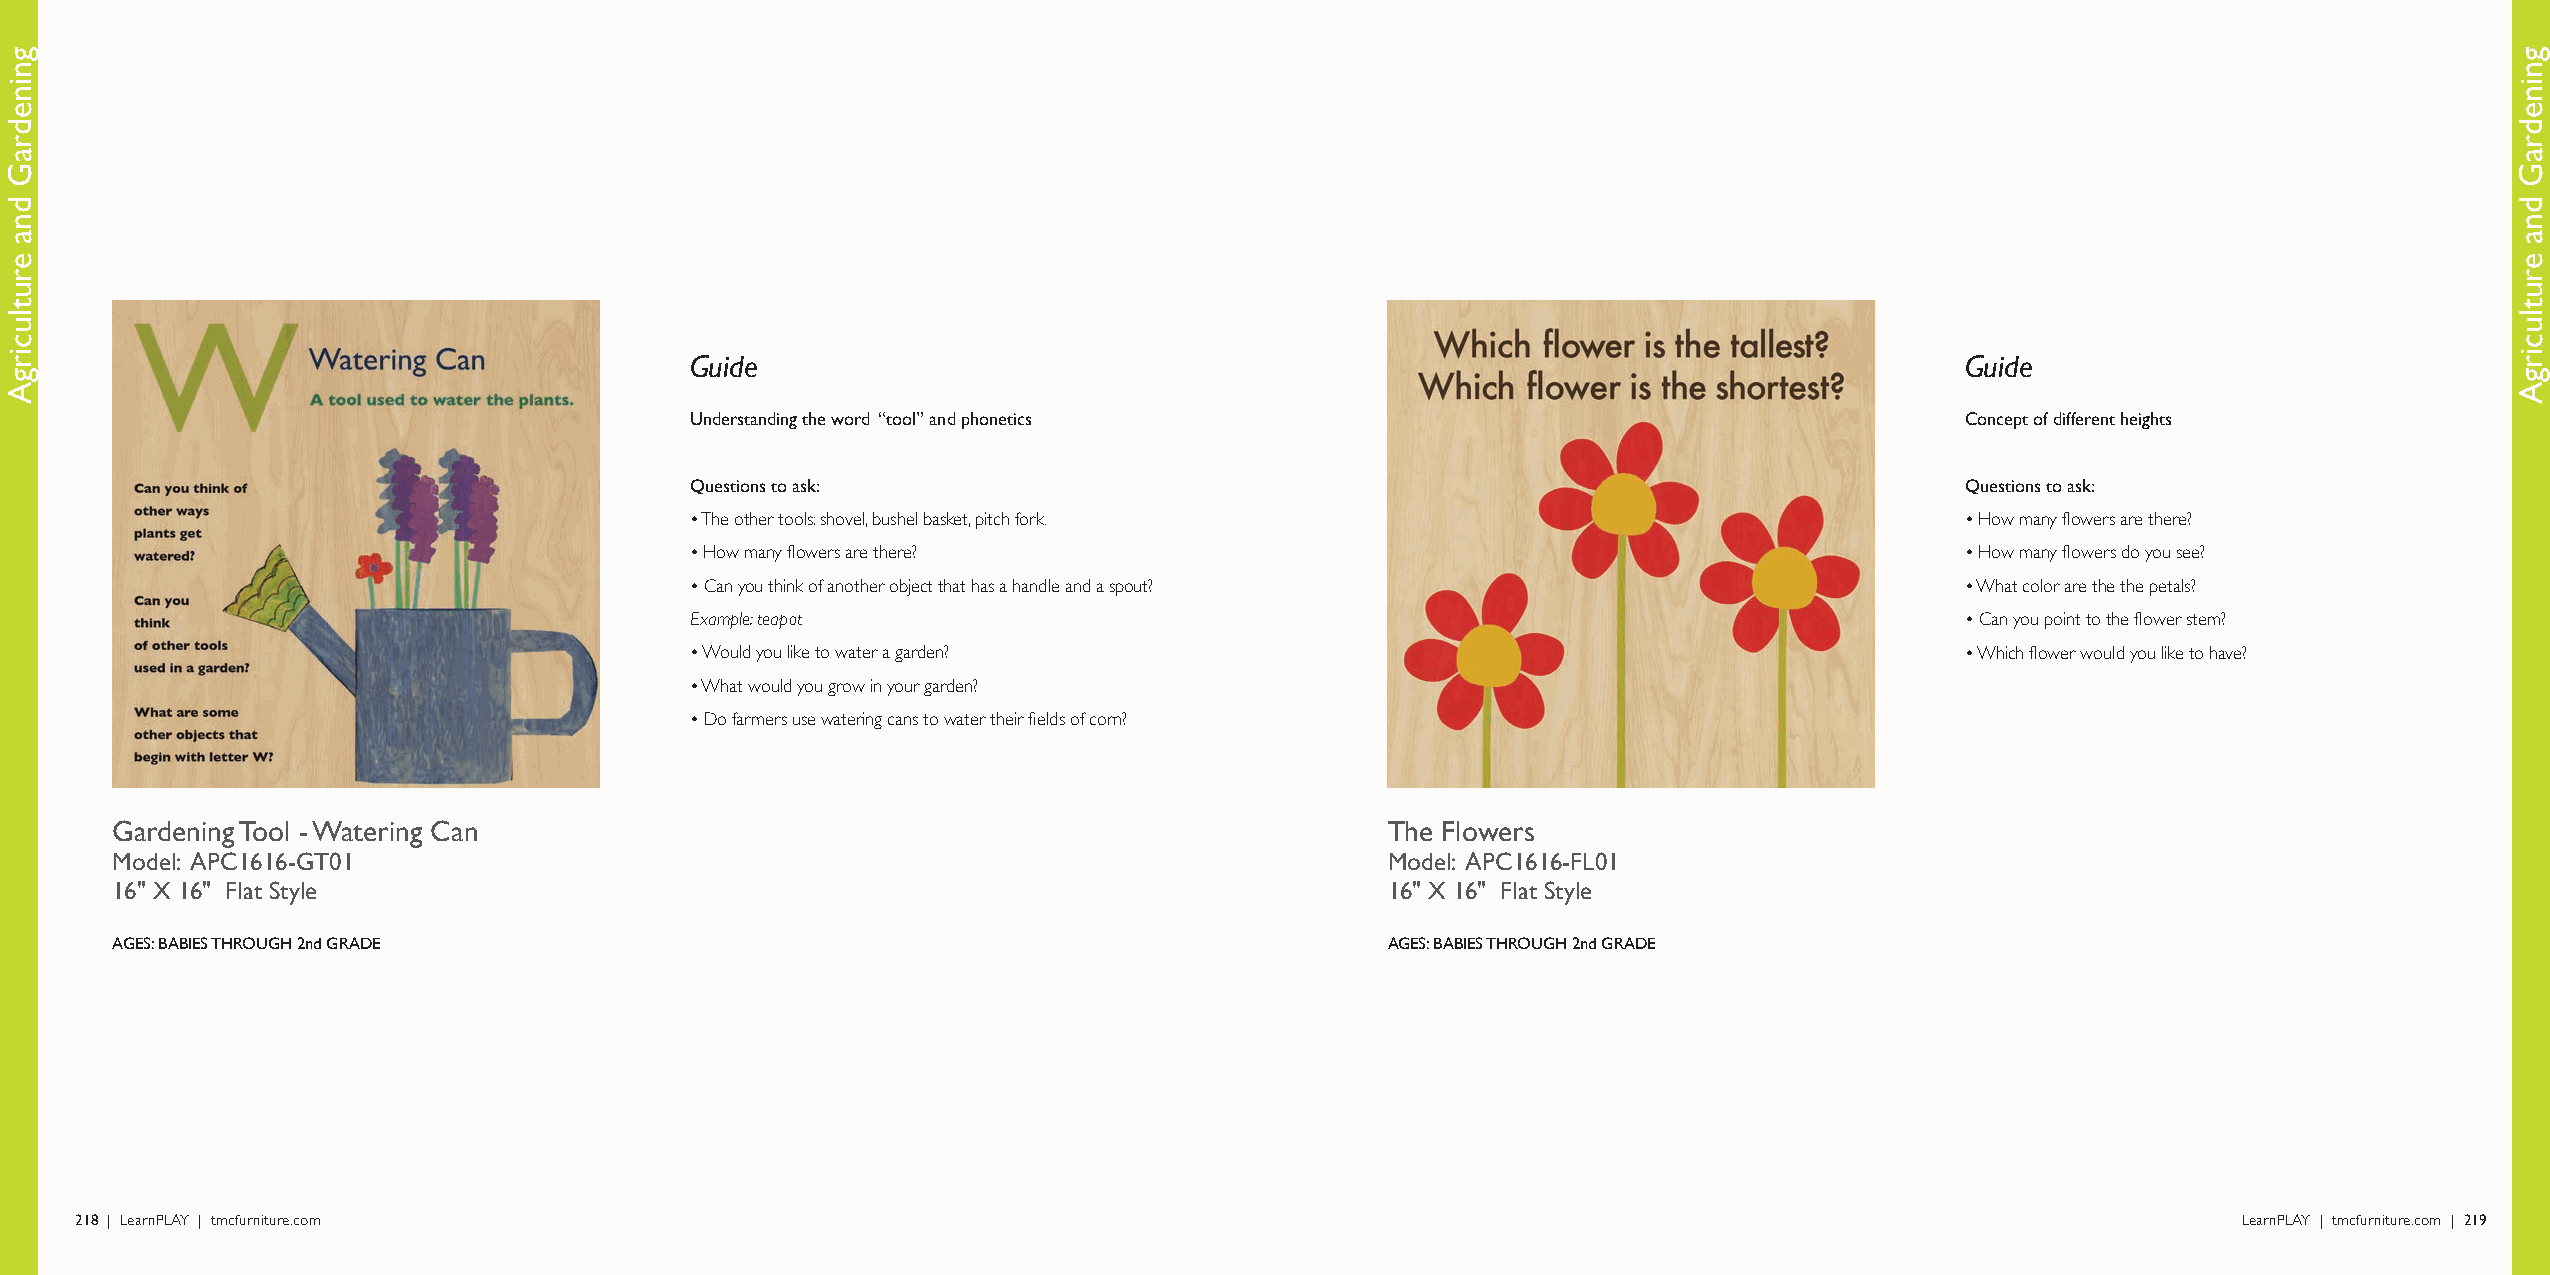
Guide                                                                               Guide
 Understanding the word “tool” and phonetics                                         Concept of different heights
 Questions to ask:                                                                   Questions to ask:
 • The other tools: shovel, bushel basket, pitch fork.                               • How many flowers are there?
 • How many flowers are there?                                                       • How many flowers do you see?
 • Can you think of another object that has a handle and a spout?                    • What color are the the petals?
 Example: teapot                                                                     • Can you point to the flower stem?
 • Would you like to water a garden?                                                 • Which flower would you like to have?
 • What would you grow in your garden?
 • Do farmers use watering cans to water their fields of corn?
 Gardening Tool - Watering Can                                                        The Flowers
 Model: APC1616-GT01                                                                  Model: APC1616-FL01
 16" X 16" Flat Style                                                                 16" X 16" Flat Style
 AGES: BABIES THROUGH 2nd GRADE                                                       AGES: BABIES THROUGH 2nd GRADE
 218 | LearnPLAY | tmcfurniture.com                                                                                                             LearnPLAY | tmcfurniture.com | 219
 gninedraG
 dna
 erutlucirgA
 gninedraG
 dna
 erutlucirgA